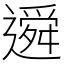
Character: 䢬